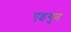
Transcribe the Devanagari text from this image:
एइगुन